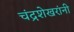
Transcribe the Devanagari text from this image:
चंद्रशेखरांनी